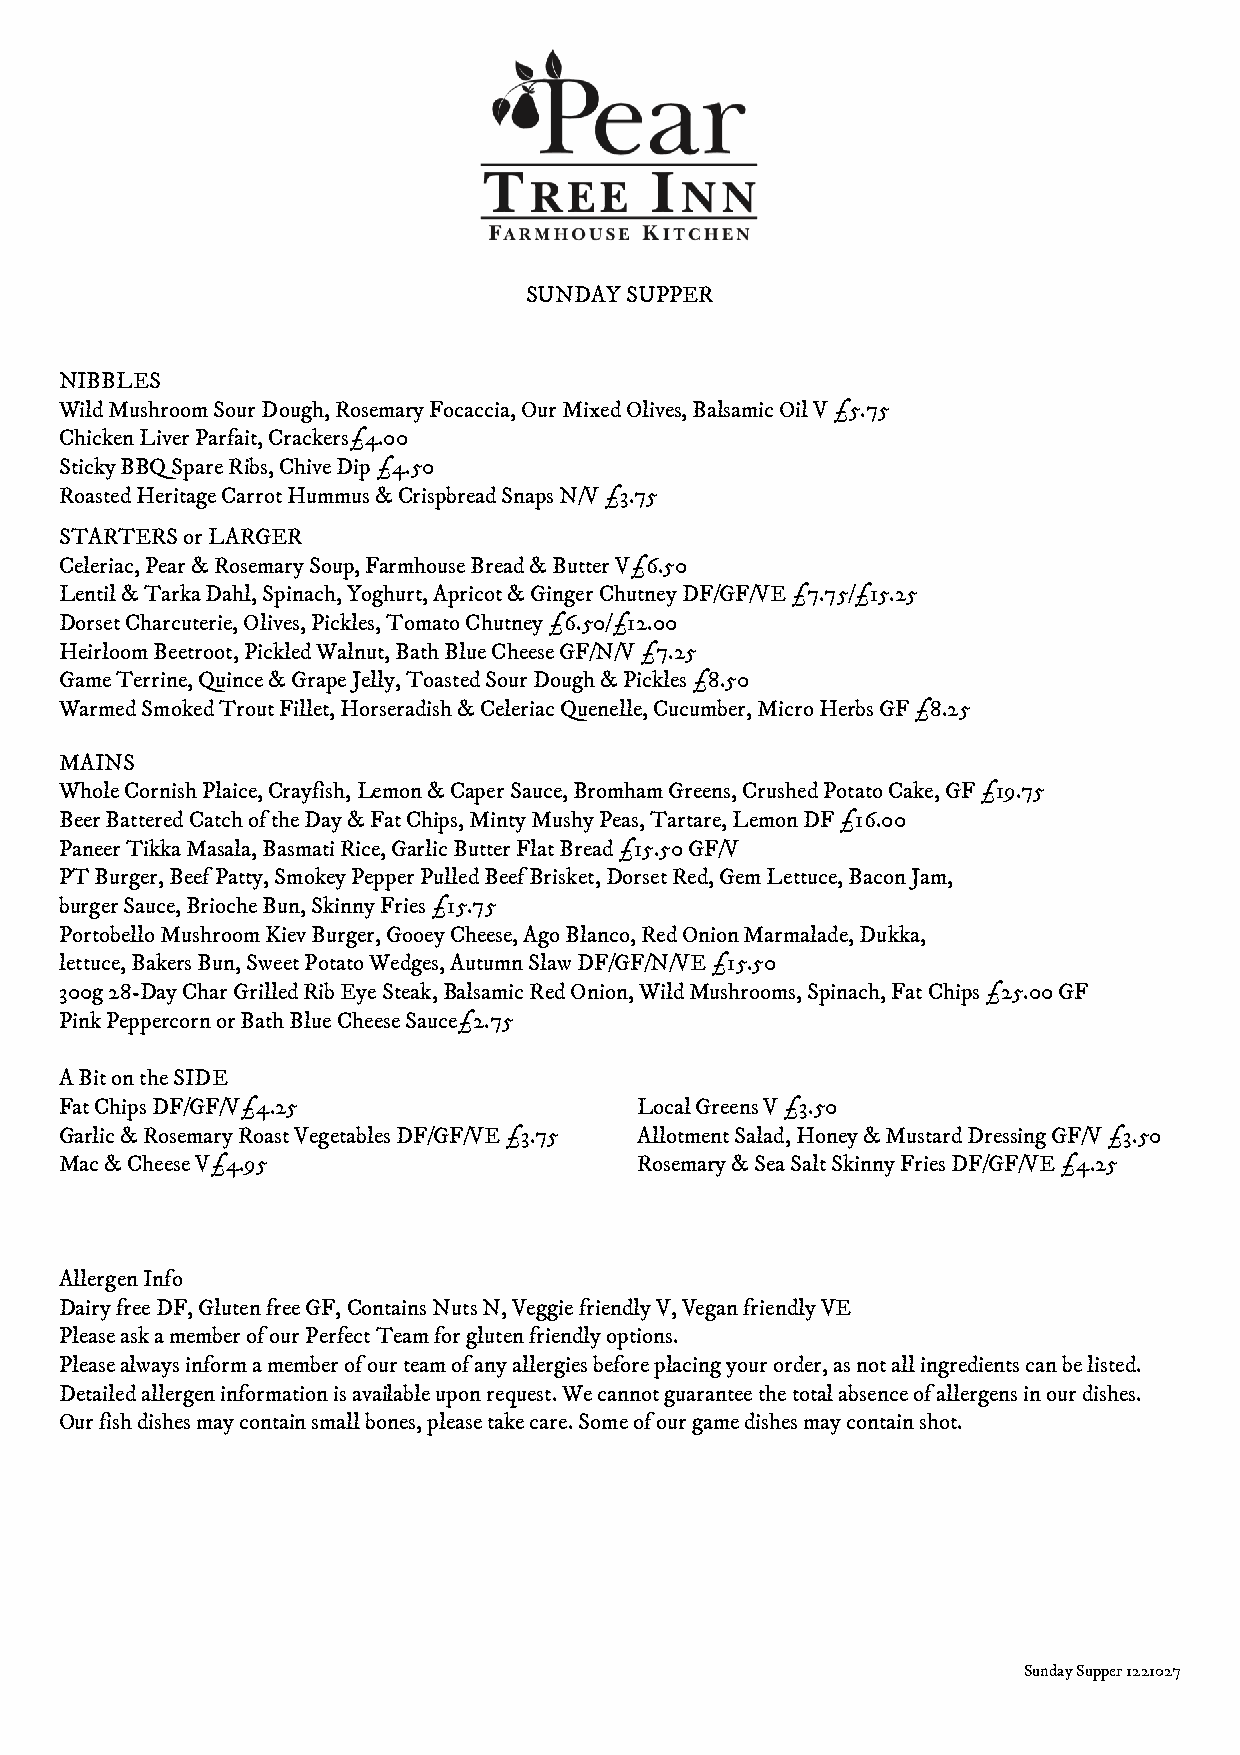
SUNDAY SUPPER
 NIBBLES
 Wild Mushroom Sour Dough, Rosemary Focaccia, Our Mixed Olives, Balsamic Oil V £5.75
 Chicken Liver Parfait, Crackers£4.00
 Sticky BBQ Spare Ribs, Chive Dip £4.50
 Roasted Heritage Carrot Hummus & Crispbread Snaps N/V £3.75
 STARTERS or LARGER
 Celeriac, Pear & Rosemary Soup, Farmhouse Bread & Butter V£6.50
 Lentil & Tarka Dahl, Spinach, Yoghurt, Apricot & Ginger Chutney DF/GF/VE £7.75/£15.25
 Dorset Charcuterie, Olives, Pickles, Tomato Chutney £6.50/£12.00
 Heirloom Beetroot, Pickled Walnut, Bath Blue Cheese GF/N/V £7.25
 Game Terrine, Quince & Grape Jelly, Toasted Sour Dough & Pickles £8.50
 Warmed Smoked Trout Fillet, Horseradish & Celeriac Quenelle, Cucumber, Micro Herbs GF £8.25
 MAINS
 Whole Cornish Plaice, Crayfish, Lemon & Caper Sauce, Bromham Greens, Crushed Potato Cake, GF £19.75
 Beer Battered Catch of the Day & Fat Chips, Minty Mushy Peas, Tartare, Lemon DF £16.00
 Paneer Tikka Masala, Basmati Rice, Garlic Butter Flat Bread £15.50 GF/V
 PT Burger, Beef Patty, Smokey Pepper Pulled Beef Brisket, Dorset Red, Gem Lettuce, Bacon Jam,
 burger Sauce, Brioche Bun, Skinny Fries £15.75
 Portobello Mushroom Kiev Burger, Gooey Cheese, Ago Blanco, Red Onion Marmalade, Dukka,
 lettuce, Bakers Bun, Sweet Potato Wedges, Autumn Slaw DF/GF/N/VE £15.50
 300g 28-Day Char Grilled Rib Eye Steak, Balsamic Red Onion, Wild Mushrooms, Spinach, Fat Chips £25.00 GF
 Pink Peppercorn or Bath Blue Cheese Sauce£2.75
 A Bit on the SIDE
 Fat Chips DF/GF/V£4.25                Local Greens V £3.50
 Garlic & Rosemary Roast Vegetables DF/GF/VE £3.75 Allotment Salad, Honey & Mustard Dressing GF/V £3.50
 Mac & Cheese V£4.95                   Rosemary & Sea Salt Skinny Fries DF/GF/VE £4.25
 Allergen Info
 Dairy free DF, Gluten free GF, Contains Nuts N, Veggie friendly V, Vegan friendly VE
 Please ask a member of our Perfect Team for gluten friendly options.
 Please always inform a member of our team of any allergies before placing your order, as not all ingredients can be listed.
 Detailed allergen information is available upon request. We cannot guarantee the total absence of allergens in our dishes.
 Our fish dishes may contain small bones, please take care. Some of our game dishes may contain shot.
 Sunday Supper 1221027